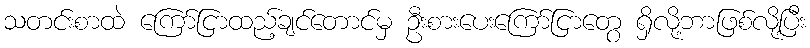
သတင်းစာထဲ ကြော်ငြာထည့်ချင်တောင်မှ ဦးစားပေးကြော်ငြာတွေ ရှိလို့ဘာဖြစ်လို့ပြီး